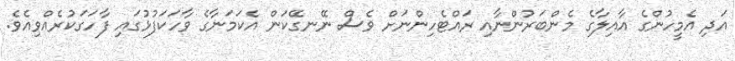
އަދި އެމީހުންގެ އާއިލާގެ މެންބަރުންނާއި ރައްޓެހިންނަށް ވެސް ނޭނގޭކަން އެކަމަނާގެ ވާހަކަފުޅުގައި ފާހަގަކުރެއްވިއެވެ.